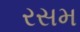
રસમ